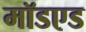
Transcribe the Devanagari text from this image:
मॉडएड